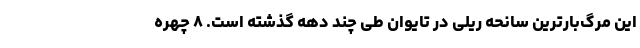
این مرگ‌بارترین سانحه ریلی در تایوان طی چند دهه گذشته است. ۸ چهره